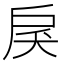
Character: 𢨾